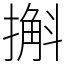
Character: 㩂